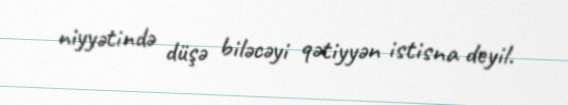
niyyətində düşə biləcəyi qətiyyən istisna deyil.